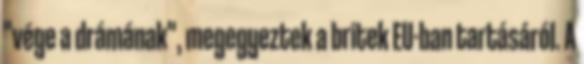
"vége a drámának", megegyeztek a britek EU-ban tartásáról. A